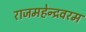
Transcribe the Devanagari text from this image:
राजमहेन्द्रवरम